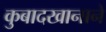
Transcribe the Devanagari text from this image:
कुबादखानाने